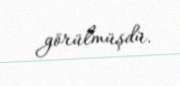
görülmüşdü.